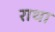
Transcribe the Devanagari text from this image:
राथा